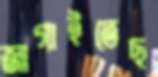
জাগাইতেছ